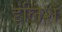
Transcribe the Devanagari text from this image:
इंलिश